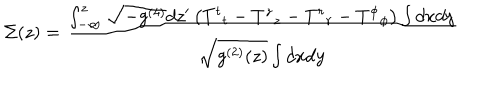
LaTeX: \Sigma ( z ) = \frac { \int _ { - \infty } ^ { z } \sqrt { - g ^ { ( 4 ) } } d z ^ { \prime } \left( { T ^ { t } } _ { t } - { T ^ { z } } _ { z } - { T ^ { r } } _ { r } - { T ^ { \phi } } _ { \phi } \right) \int d x d y } { \sqrt { g ^ { ( 2 ) } ( z ) } \int d x d y }